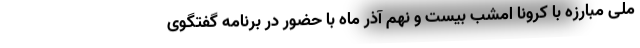
ملی مبارزه با کرونا امشب بیست و نهم آذر ماه با حضور در برنامه گفتگوی